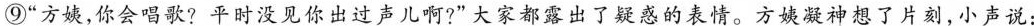
⑨”方姨，你会唱歌?平时没见你出过声儿啊?”大家都露出了疑惑的表情。方姨凝神想了片刻，小声说：